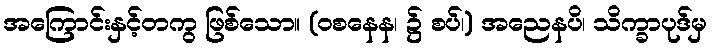
အကြောင်းနှင့်တကွ ဖြစ်သော။ (ဝစနေန၊ ၌ စပ်၊) အညေနပိ၊ သိက္ခာပုဒ်မှ